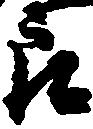
郎